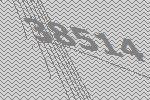
38514